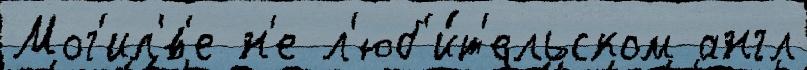
Мог'ил'́в'е н'е л'юб'и́т'ельском англ